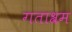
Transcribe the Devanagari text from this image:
गताश्रम